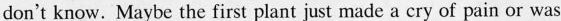
don't know.Maybe the first plant just made a cry of pain or was